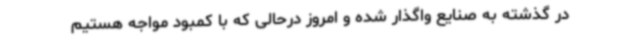
در گذشته به صنایع واگذار شده و امروز درحالی که با کمبود مواجه هستیم